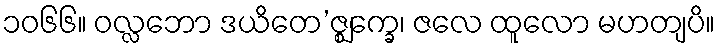
၁၀၆၆။ ဝလ္လဘော ဒယိတေ’ဇ္ဈက္ခေ၊ ဇလေ ထူလော မဟတျပိ။